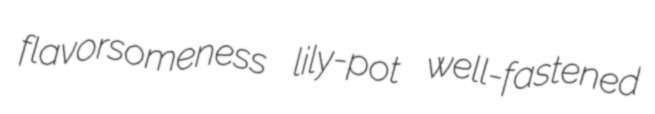
flavorsomeness lily-pot well-fastened